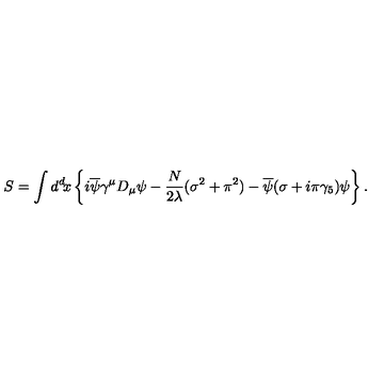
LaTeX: S = \int d ^ { d } \! x \left\{ i \overline { { \psi } } \gamma ^ { \mu } D _ { \mu } \psi - { \frac { N } { 2 \lambda } } ( \sigma ^ { 2 } + \pi ^ { 2 } ) - \overline { { \psi } } ( \sigma + i \pi \gamma _ { 5 } ) \psi \right\} .